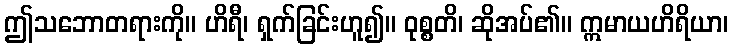
ဤသဘောတရားကို။ ဟိရီ၊ ရှက်ခြင်းဟူ၍။ ဝုစ္စတိ၊ ဆိုအပ်၏။ ဣမာယဟိရိယာ၊